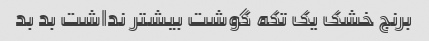
برنج خشک یک تکه گوشت بیشتر نداشت بد بد